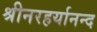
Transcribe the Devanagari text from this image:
श्रीनरहर्यानन्द